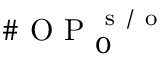
\# \mathrm { ~ O ~ P ~ } _ { 0 } ^ { \mathrm { ~ s ~ / ~ o ~ } }